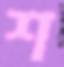
শ